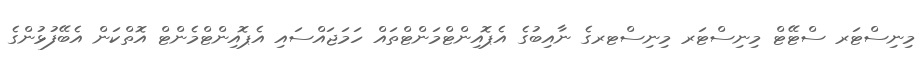
މިނިސްޓަރ ސްޓޭޓް މިނިސްޓަރ މިނިސްޓރގެ ނާއިބުގެ އެޕޮއިންޓްމަންޓްތައް ހަމަޖައްސައި އެޕޮއިންޓްމެންޓް އޮތްކަން އެބޭފުޅުންގެ